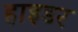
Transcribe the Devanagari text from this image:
हाइडर